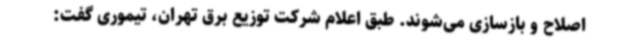
اصلاح و بازسازی می‌شوند. طبق اعلام شرکت توزیع برق تهران، تیموری گفت: